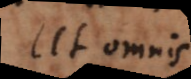
Ut omnis